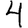
Digit: 4